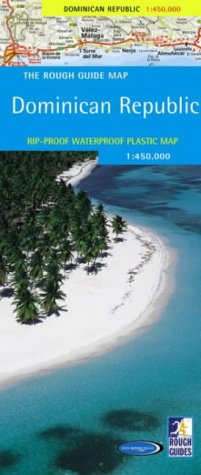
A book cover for The Rough Guide to The Dominican Republic Map (Rough Guide Country/Region Map); Rough Guides; Travel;